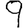
Digit: 9